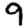
Digit: 9